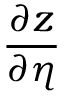
\frac { \partial z } { \partial \eta }